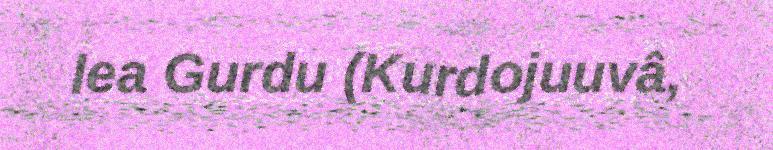
lea Gurdu (Kurdojuuvâ,